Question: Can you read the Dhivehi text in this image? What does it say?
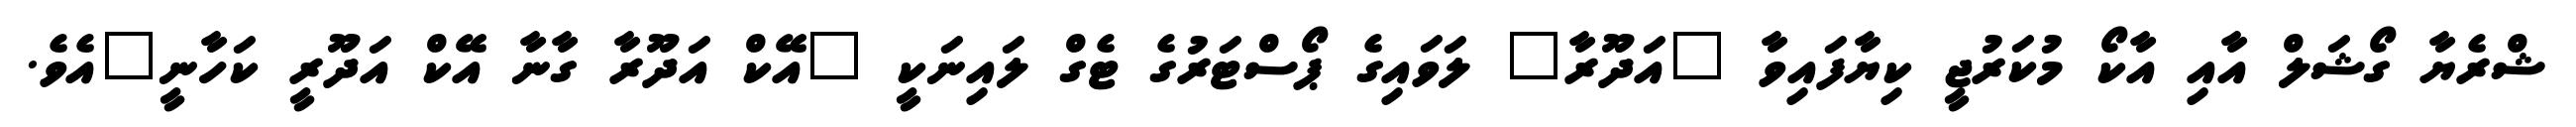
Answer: ޝްރެޔާ ގޯޝަލް އާއި އާކޯ މުކަރުޖީ ކިޔާފައިވާ "އަދޫރާ" ލަވައިގެ ޕޯސްޓަރުގެ ޓެގް ލައިނަކީ "އޭކް އަދޫރާ ގާނާ އޭކް އަދޫރީ ކަހާނީ"އެވެ.